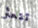
تتعثر